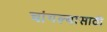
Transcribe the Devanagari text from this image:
चांगल्यासाठी